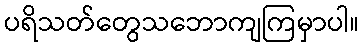
ပရိသတ်တွေသဘောကျကြမှာပါ။